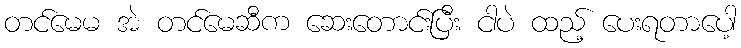
တင်မေမ အဲ တင်မေဆီက ဆေးတောင်းပြီး ငါပဲ ထည့် ပေးရတာပေါ့